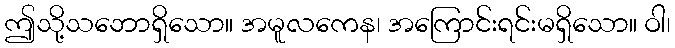
ဤသို့သဘောရှိသော။ အမူလကေန၊ အကြောင်းရင်းမရှိသော။ ဝါ၊